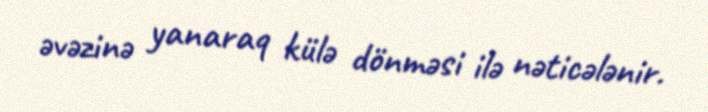
əvəzinə yanaraq külə dönməsi ilə nəticələnir.